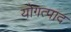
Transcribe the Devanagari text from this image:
योगत्पाद